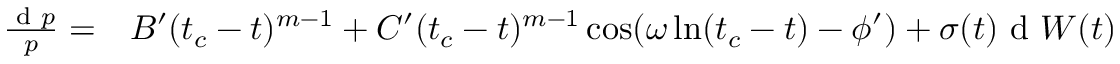
\begin{array} { r l } { \frac { \textrm { d } p } { p } = } & { { } B ^ { \prime } ( t _ { c } - t ) ^ { m - 1 } + C ^ { \prime } ( t _ { c } - t ) ^ { m - 1 } \cos ( \omega \ln ( t _ { c } - t ) - \phi ^ { \prime } ) + \sigma ( t ) \textrm { d } W ( t ) } \end{array}